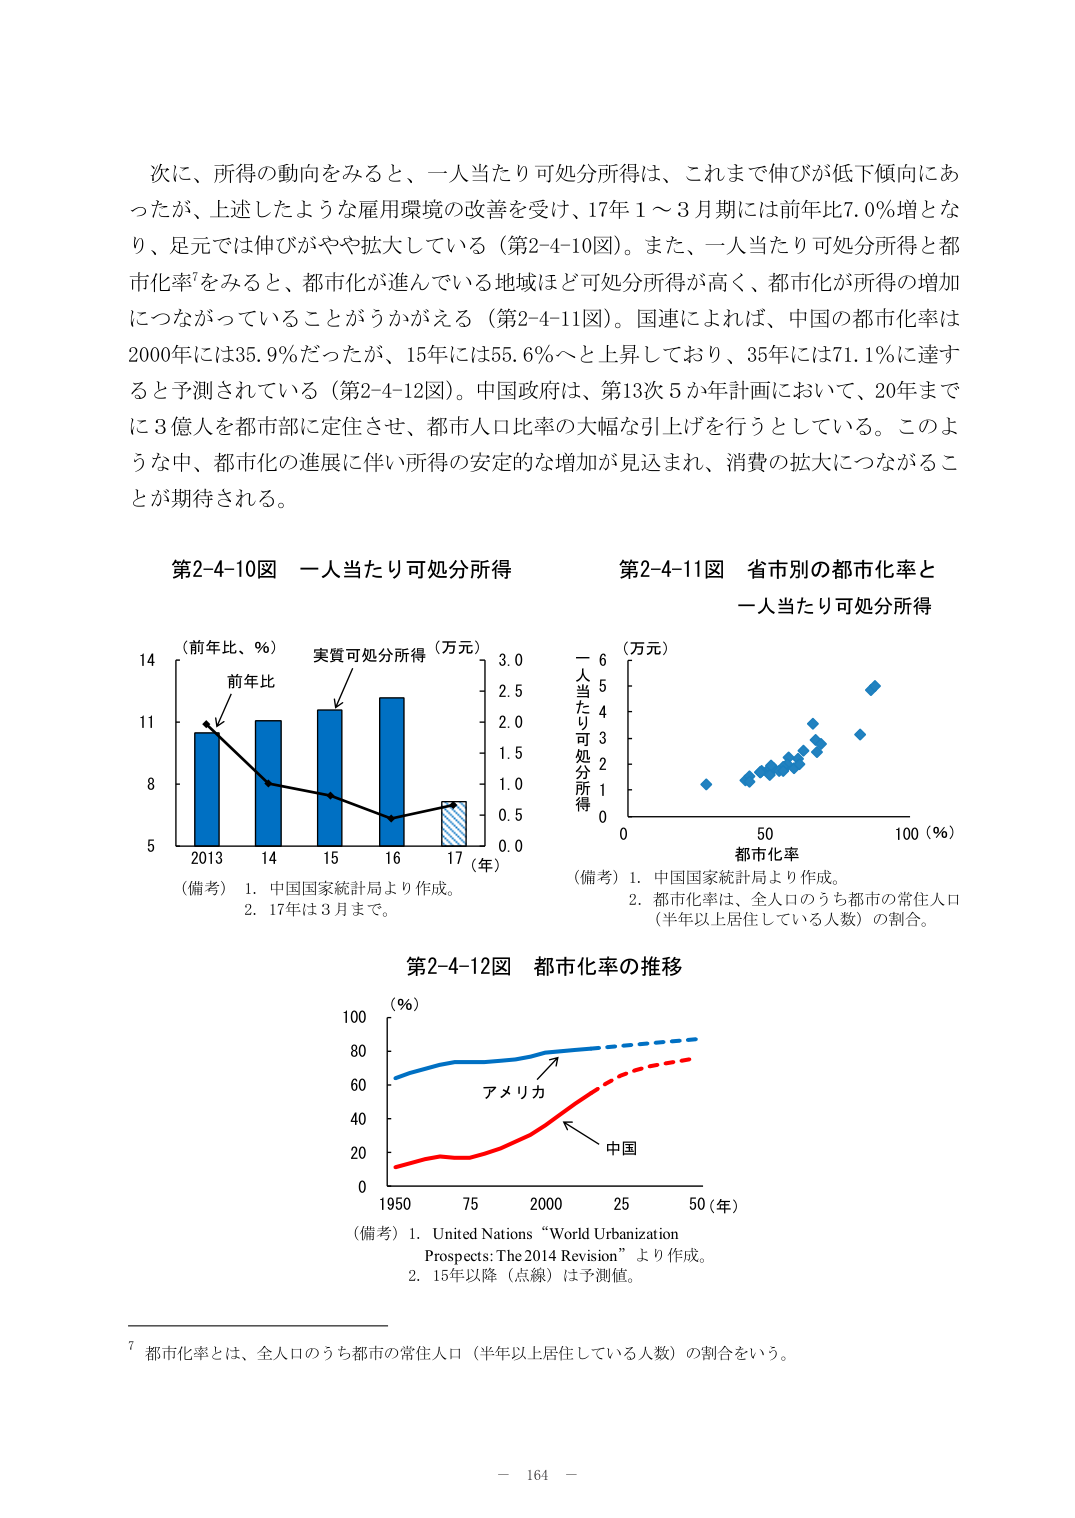
次に、所得の動向をみると、一人当たり可処分所得は、これまで伸びが低下傾向にあったが、上述したような雇用環境の改善を受け、17年1～3月期には前年比7.0％増となり、足元では伸びがやや拡大している（第2-4-10図）。また、一人当たり可処分所得と都市化率⁷をみると、都市化が進んでいる地域ほど可処分所得が高く、都市化が所得の増加につながっていることがうかがえる（第2-4-11図）。国連によれば、中国の都市化率は2000年には35.9％だったが、15年には55.6％へと上昇しており、35年には71.1％に達すると予測されている（第2-4-12図）。中国政府は、第13次5か年計画において、20年までに3億人を都市部に定住させ、都市人口比率の大幅な引き上げを行うとしている。このような中、都市化の進展に伴い所得の安定的な増加が見込まれ、消費の拡大につながることが期待される。

第2-4-10図 一人当たり可処分所得
（前年比、％）
前年比
実質可処分所得（万元）
14
11
8
5
2013 14 15 16 17（年）
3.0
2.5
2.0
1.5
1.0
0.5
0.0
（備考）1. 中国国家統計局より作成。
2. 17年は3月まで。

第2-4-11図 省市別の都市化率と一人当たり可処分所得
（万元）
一人当たり可処分所得
6
5
4
3
2
1
0
都市化率
50 100（％）
（備考）1. 中国国家統計局より作成。
2. 都市化率は、全人口のうち都市の常住人口（半年以上居住している人数）の割合。

第2-4-12図 都市化率の推移
（％）
100
80
60
40
20
0
1950 75 2000 25 50（年）
アメリカ
中国
（備考）1. United Nations “World Urbanization Prospects: The 2014 Revision” より作成。
2. 15年以降（点線）は予測値。

⁷ 都市化率とは、全人口のうち都市の常住人口（半年以上居住している人数）の割合をいう。

－ 164 －